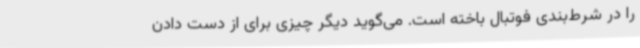
را در شرط‌بندی فوتبال باخته است. می‌گوید دیگر چیزی برای از دست دادن